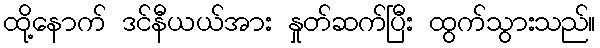
ထို့နောက် ဒင်နီယယ်အား နှုတ်ဆက်ပြီး ထွက်သွားသည်။